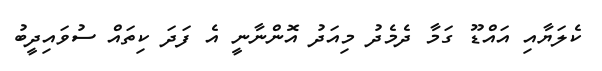
ކެލަޔާއި އައްޑޫ ގަމާ ދެމެދު މިއަދު އޮންނާނީ އެ ފަދަ ކިތައް ސުވައިދީބު